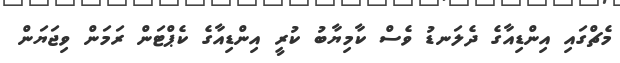
މެޗްގައި އިންޑިއާގެ ދެލަނޑު ވެސް ކާމިޔާބު ކުރީ އިންޑިއާގެ ކެޕްޓަން ރަމަން ވިޖަޔަން